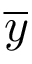
\overline { y }